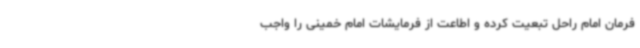
فرمان امام راحل تبعیت کرده و اطاعت از فرمایشات امام خمینی را واجب